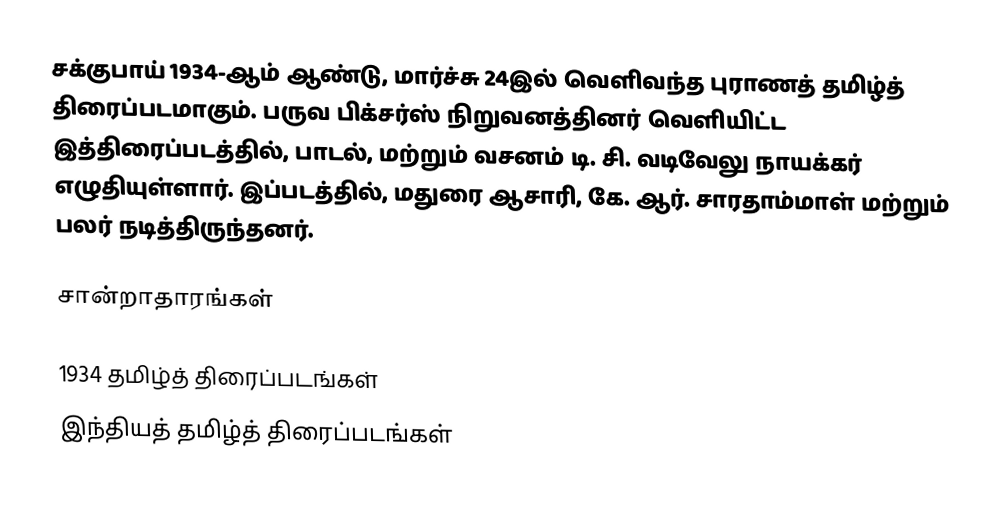
சக்குபாய் 1934-ஆம் ஆண்டு, மார்ச்சு 24இல் வெளிவந்த புராணத் தமிழ்த் திரைப்படமாகும். பருவ பிக்சர்ஸ் நிறுவனத்தினர் வெளியிட்ட இத்திரைப்படத்தில், பாடல், மற்றும் வசனம் டி. சி. வடிவேலு நாயக்கர் எழுதியுள்ளார். இப்படத்தில், மதுரை ஆசாரி, கே. ஆர். சாரதாம்மாள் மற்றும் பலர் நடித்திருந்தனர்.

சான்றாதாரங்கள்

1934 தமிழ்த் திரைப்படங்கள்
இந்தியத் தமிழ்த் திரைப்படங்கள்